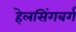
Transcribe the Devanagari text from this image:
हेलसिंगबर्ग